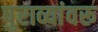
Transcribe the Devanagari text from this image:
पुराव्यांवरू